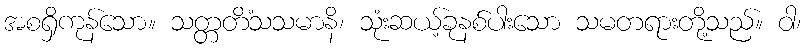
အစရှိကုန်သော။ သတ္တတိံသသမာနိ၊ သုံးဆယ့်ခုနစ်ပါးသော သမတရားတို့သည်။ ဝါ၊